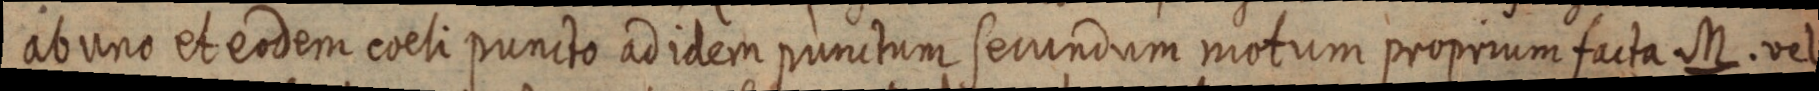
ab uno et eodem coeli puncto ad idem punctum secundum motum proprium facta M. vel